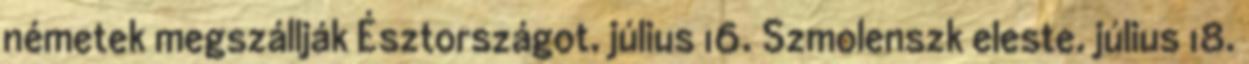
németek megszállják Észtországot. július 16. Szmolenszk eleste. július 18.